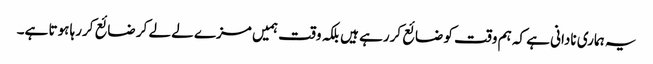
یہ ہماری نادانی ہے کہ ہم وقت کو ضائع کررہے ہیں بلکہ وقت ہمیں مزے لے لے کر ضائع کررہا ہوتا ہے۔